Note on the mental hospitals in Burma - 1925-1940
Year: 1925
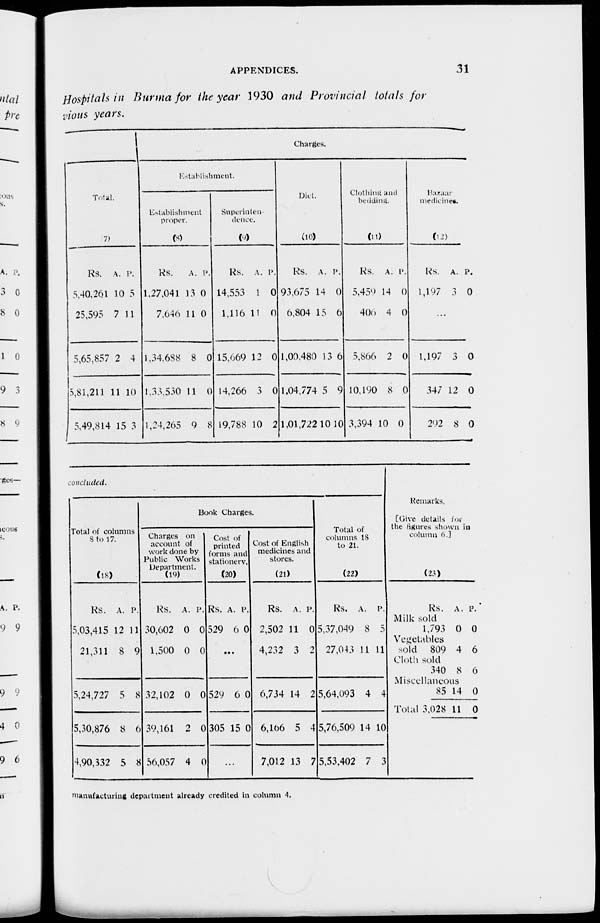
APPENDICES.
31
Hospitals in Burma for the year 1930 and Provincial totals for
vious years.
Total.
(7)
Rs.
5,40,261
25,595
5,65,857
5,81,211
5,49,814
A.
10
7
2
11
15
P.
5
11
4
10
3
Charges.
Establishment.
Establishment
proper.
(8)
Rs.
1,27,041
7,646
1,34,688
1,33,530
1,24,265
A.
13
11
8
11
9
P.
0
0
0
0
8
Superinten-
dence.
(9)
Rs.
14,553
1,116
15,669
14,266
19,788
A.
1
11
12
3
10
P.
0
0
0
0
2
Diet.
(10)
Rs.
93,675
6,804
1,00,480
1,04,774
1,01,722
A.
14
15
13
5
10
P.
0
6
6
9
10
Clothing and
bedding.
(11)
Rs.
5,450
406
5,866
10,190
3,394
A.
14
4
2
8
10
P.
0
0
0
0
0
Bazaar
medicines.
(12)
Rs.
1,197
A.
3
P.
0
...
1,197
347
292
3
12
8
0
0
0
concluded.
Total of columns
8 to 17.
(18)
Rs.
5,03,415
A.
12
P.
11
21,311 8 9
5,24,727 5 8
5,30,876
4,90,332
8
5
6
8
Book Charges.
Charges on
account of
work done by
Public Works
Department.
(19)
Rs.
30,602
A.
0
P.
0
1,500 0 0
32,102 0 0
39,161
56,057
2
4
0
0
Cost of
printed
forms and
stationery.
(20)
Rs.
529
A.
6
P.
0
...
529 6 0
305 15 0
...
Cost of English
medicines and
stores.
(21)
Rs.
2,502
A.
11
P.
0
4,232 3 2
6,734 14 2
6,166
7,012
5
13
4
7
Total of
columns 18
to 21.
(22)
Rs.
5,37,049
A.
8
P.
5
27,043 11 11
5,64,093 4 4
5,76,509
5,53,402
14
7
10
3
Remarks.
[Give details for
the figures shown in
column 6.]
(23)
Rs. A. P.
Milk sold
1,793 0 0
Vegetables
sold 809 4 6
Cloth sold
340 8 6
Miscellaneous
85
Total 3,028
14
11
0
0
manufacturing department already credited in column 4.